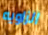
الزاويه